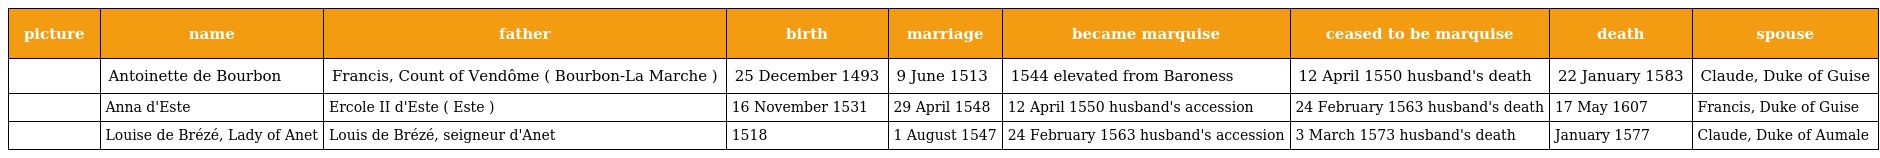
| picture | name | father | birth | marriage | became marquise | ceased to be marquise | death | spouse |
 | --- | --- | --- | --- | --- | --- | --- | --- | --- |
 |  | Antoinette de Bourbon | Francis, Count of Vendôme ( Bourbon-La Marche ) | 25 December 1493 | 9 June 1513 | 1544 elevated from Baroness | 12 April 1550 husband's death | 22 January 1583 | Claude, Duke of Guise |
 |  | Anna d'Este | Ercole II d'Este ( Este ) | 16 November 1531 | 29 April 1548 | 12 April 1550 husband's accession | 24 February 1563 husband's death | 17 May 1607 | Francis, Duke of Guise |
 |  | Louise de Brézé, Lady of Anet | Louis de Brézé, seigneur d'Anet | 1518 | 1 August 1547 | 24 February 1563 husband's accession | 3 March 1573 husband's death | January 1577 | Claude, Duke of Aumale |